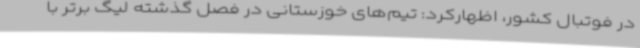
در فوتبال کشور، اظهارکرد: تیم‌های خوزستانی در فصل گذشته لیگ برتر با